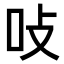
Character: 𭇅